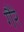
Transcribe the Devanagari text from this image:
गैरे